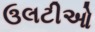
ઉલટીઓ